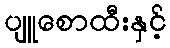
ပျူစောထီးနှင့်